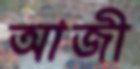
আজী